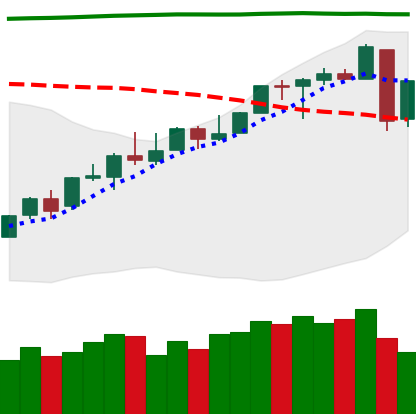
Ticker: LINK-USD
Chart end date: 2018-04-26
Forward return: 12.293%
Label: up_7plus